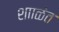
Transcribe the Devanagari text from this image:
शााळेत